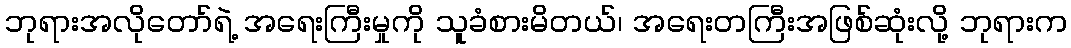
ဘုရားအလိုတော်ရဲ့ အရေးကြီးမှုကို သူခံစားမိတယ်၊ အရေးတကြီးအဖြစ်ဆုံးလို့ ဘုရားက